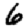
Digit: 6